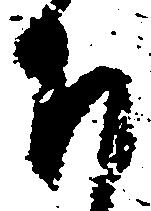
下